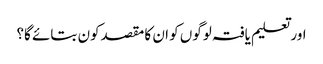
اور تعلیم یافتہ لوگوں کو ان کا مقصدکون بتائے گا؟